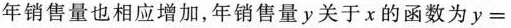
年销售量也相应增加，年销售量y关于χ的函数为$$y =